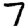
Digit: 7